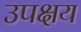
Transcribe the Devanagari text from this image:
उपक्षय